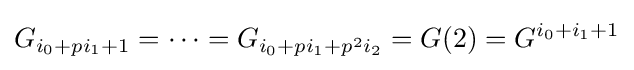
G_{i_{0}+pi_{1}+1}=\cdots =G_{i_{0}+pi_{1}+p^{2}i_{2}}=G(2)=G^{i_{0}+i_{1}+1}